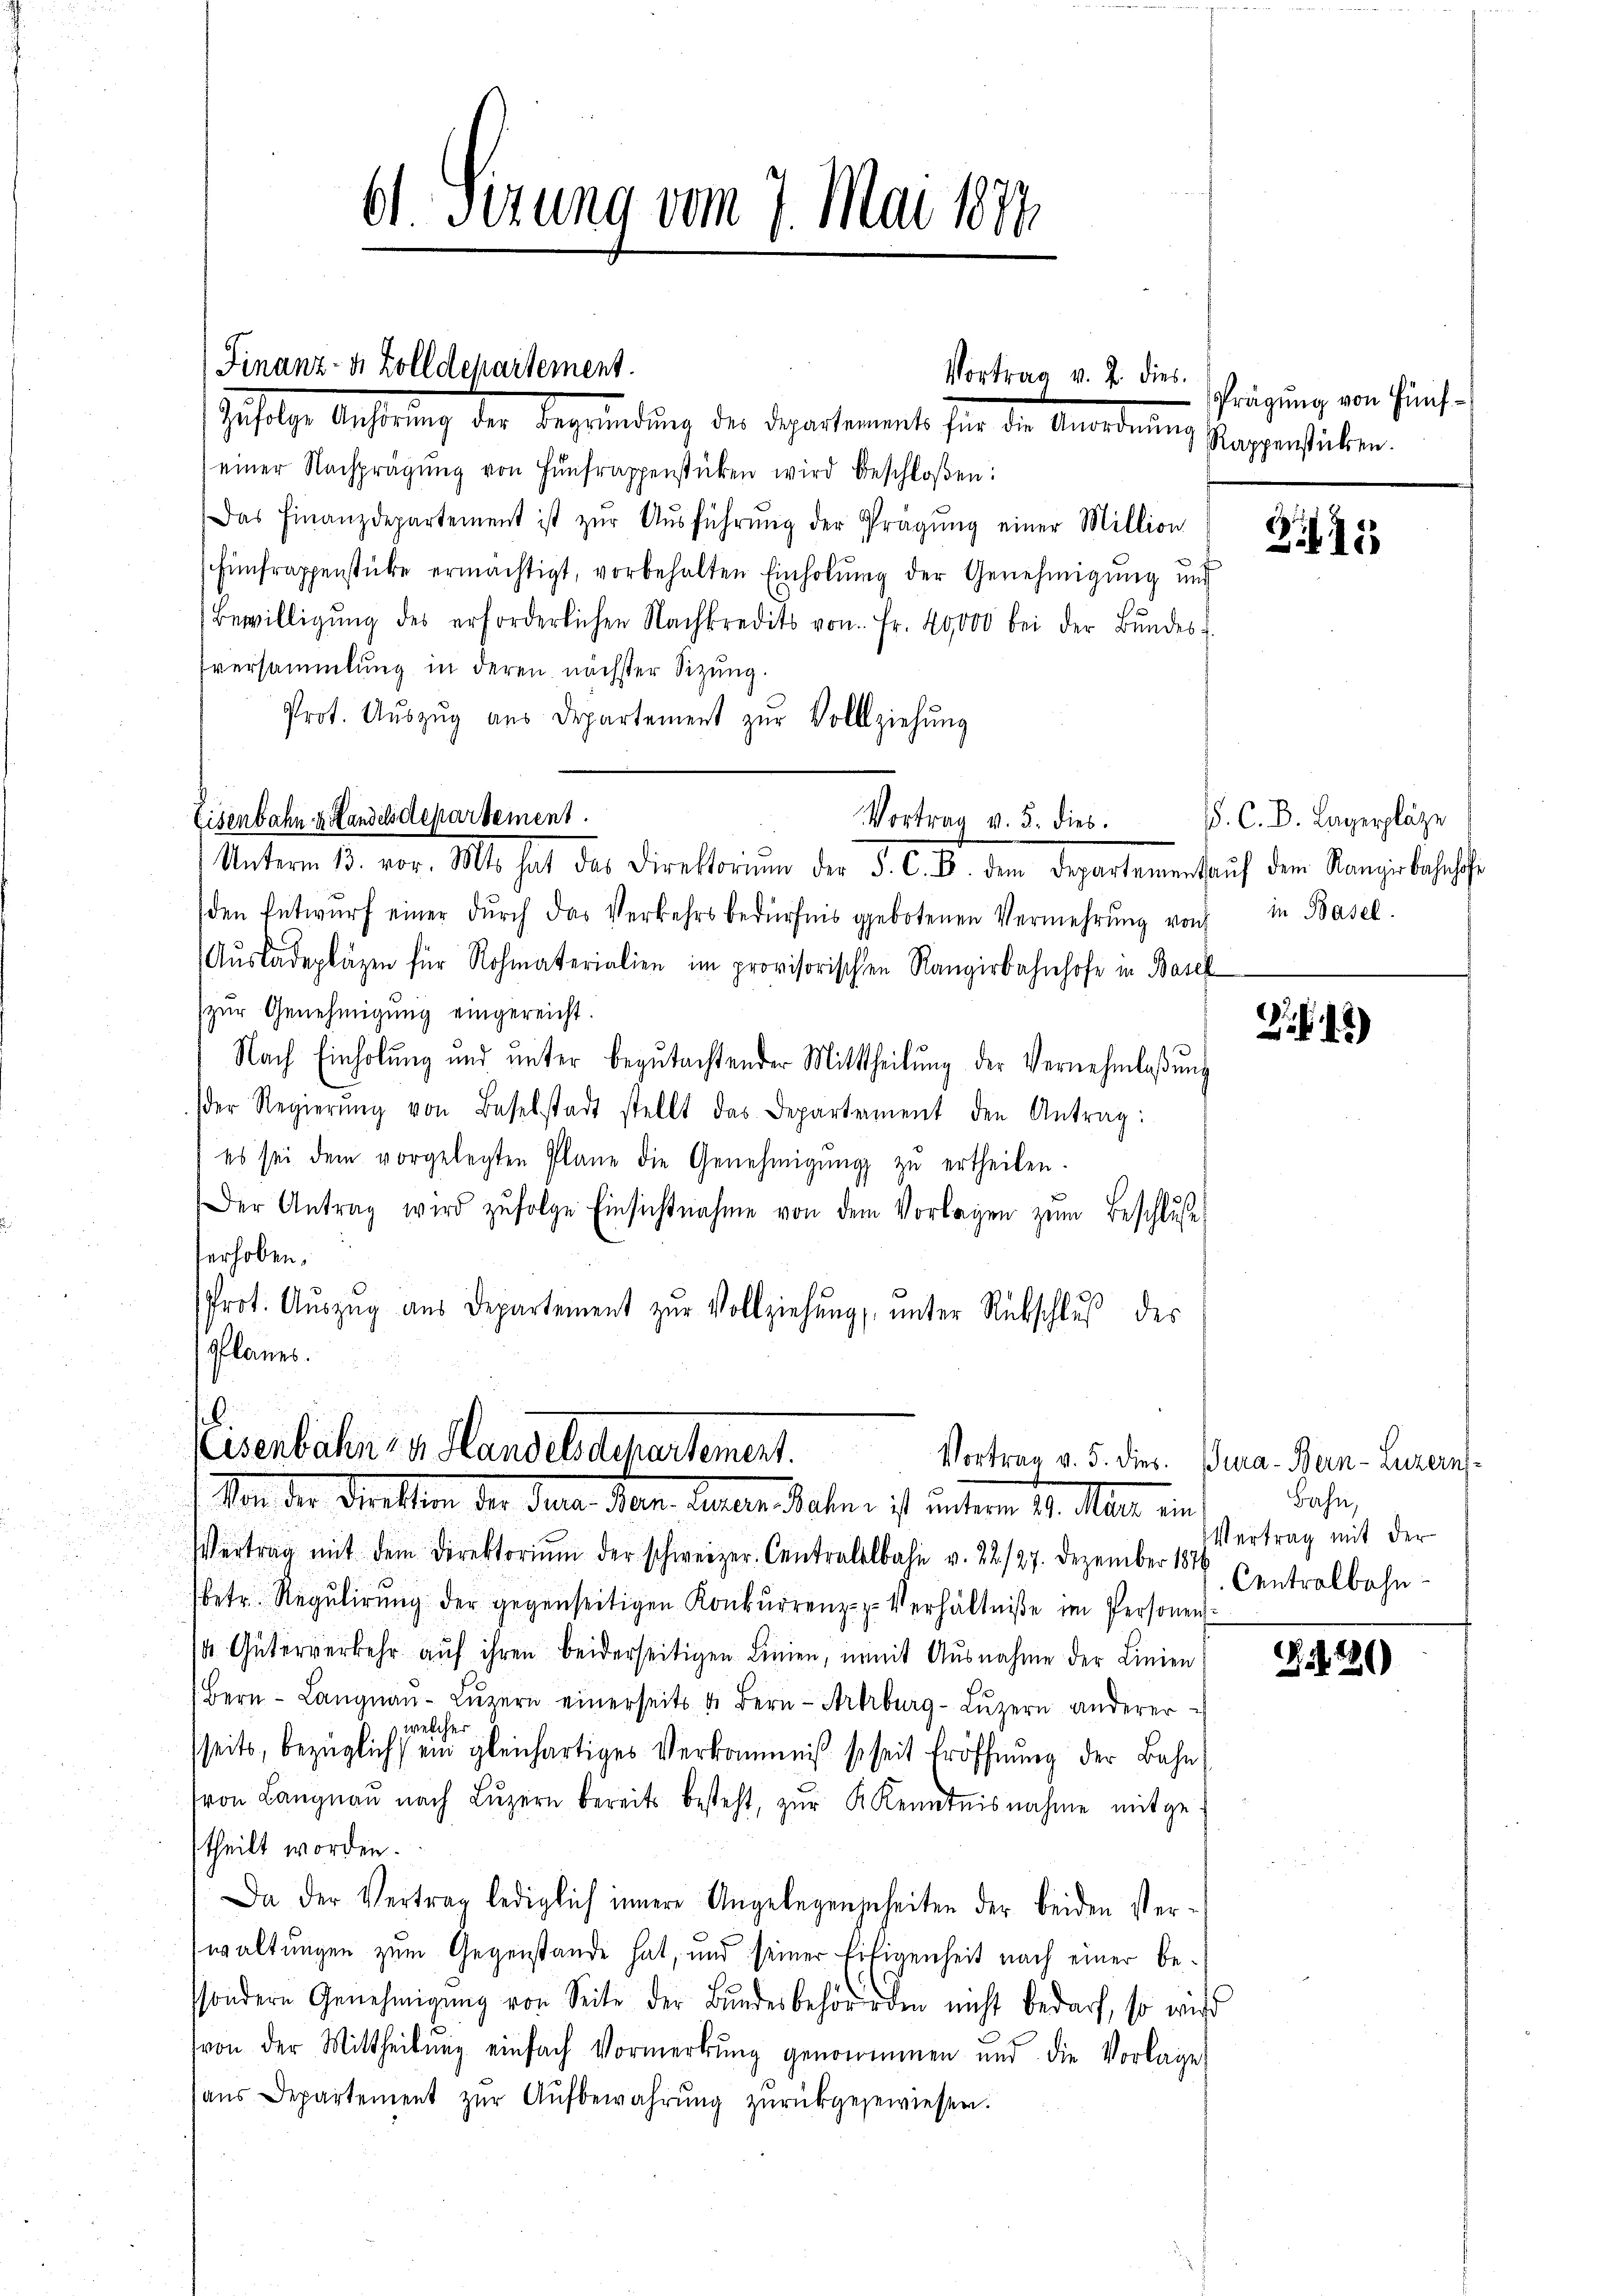
Finanz- u. Zolldepartement.

6sezung vom 7. Mai 1877

heftige Ansehung der Beglendung der Departement für die Anorderung Plagen haben.
einer Nachprägŭng von Hŭnfrappenstücken wird beschloßen:
Das Finanzdepartement ist zŭr Aŭsführŭng der Prägŭng einer Million
Einfrappenstücke ermächtigt, vorbehalten Einholŭng der Genehmigŭng ŭnd
Bewilligŭng des erforderlichen Nachkredits von Fr. 40000 bei der Bŭndes
versammlung in deren nächster Sitzŭng.
Prot. Aŭszŭg aŭs Departement zŭr Vollziehung
Unterm 13. vor. Mts. hat das Direktorium der F. C. B. dem Departemenkaŭf dem Rangirbahnhofe
den Entwŭrf einer dŭrch das Verkehrsbedürfnis gebotenen Vermehrŭng von in Basel.
Aŭsladepläzen für Rohmaterialien im provisorischen Rangirbahnhofe in Basel
zur Genehmigung eingereicht.
Nach Einholung und unter begutachtender Mittheilung der Vernehmlaßung
der Regierŭng von Baselstadt stellt das Departament den Antrag:
es sei dem vorgelegten Plane die Genehmigŭng zŭ ertheilen.
Der Antrag wird zŭfolge Einsichtnahme von dem Vorlagen zŭm Beschlŭse
erhoben.
Prot. Aŭszŭg aŭs Departement zŭr Vollziehŭng ŭnter Rückschlŭβ des
Planes.

Eisenbahn u. Handelsdepartement.

Vortrag v. J. dies

Vortrag v. 5. dies

16.
Esenbahn zu Handelsdepartement.
Von der Dritten der Jura der Leben Sachen ist unterm 11. Mai ein

Vertrag mit dem Direktoriŭm der schweizer. Centralelbahn v. 22./27. Dezember 1876
betr. Regulirung der gegenseitigen Konkŭrrenz-z. Verhältniße im Personen
1 Güterverkehr auf ihren beiderseitigen Linien, womit Ausnahme der Linien
Bern - Langnaŭ-Lŭzern einerseits d. Bern Artburg-Lŭzern anderer
welcher
sseits, bezüglich ein gleichartiges Verkommniß so seit Eröffnung der Bahn,
von Langnau nach Lŭzern bereits besteht, zŭr K. Kenntnisnahme mitge
theilt worden.
Da der Vertrag lediglich innere Angelegenzuheiten der beiden Verwaltungen zum Gegenstände hat, und seiner Eifigenheit nach einer bessondern Genehmigung von Seite der Bundesbehörenden nicht bedarf, so wird
von der Mittheilŭng einfach Vormerkŭng genommenen und die Vorlage
aŭs Departement zŭr Aŭfbewahrŭng zŭrückgegewiesen.

Prägung von Fünf¬

. C. B. Lagerplätze

Zi

)

Vortrag v. 5. dies. Bura-Bern- Luzern-
Bahn,
Vertrag mit der
Centralbahn

S.226)